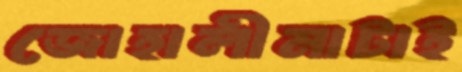
জোহালীমাটাই